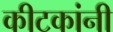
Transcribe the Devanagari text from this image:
कीटकांनी